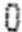
0